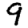
Digit: 9